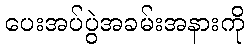
ပေးအပ်ပွဲအခမ်းအနားကို